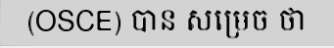
(OSCE) បាន សម្រេច ថា